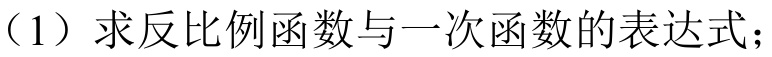
（1）求反比例函数与一次函数的表达式；